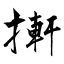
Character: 搟